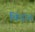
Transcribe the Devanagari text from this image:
बिंदात